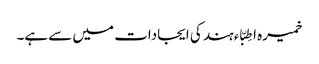
خمیرہ اطِبّاء ہند کی ایجادات میں سے ہے۔